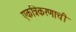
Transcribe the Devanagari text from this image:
एकत्रिकरणाची